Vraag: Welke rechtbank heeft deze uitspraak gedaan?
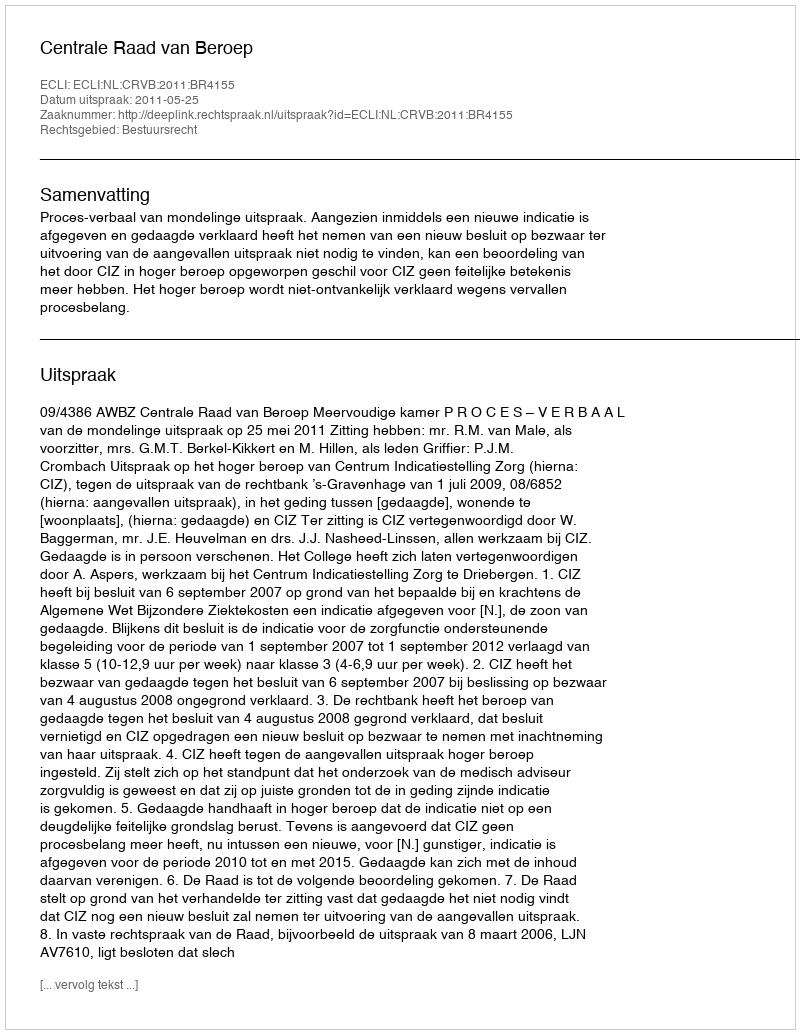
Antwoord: Centrale Raad van Beroep